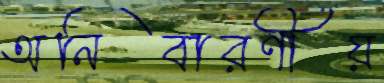
অনিবারণীয়